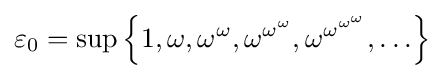
\varepsilon _{0}=\sup \left\lbrace 1,\omega ,\omega ^{\omega },\omega ^{\omega ^{\omega }},\omega ^{\omega ^{\omega ^{\omega }}},\ldots \right\rbrace